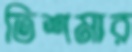
তিশমার